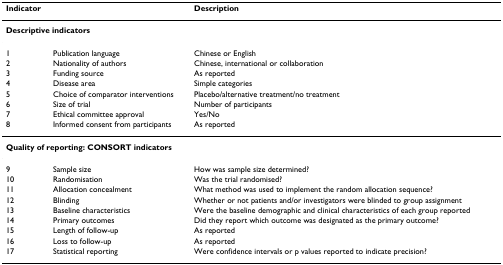
<table><thead><tr><td><b>Indicator</b></td><td></td><td><b>Description</b></td></tr></thead><tbody><tr><td colspan="3"><b>Descriptive indicators</b></td></tr><tr><td>1</td><td>Publication language</td><td>Chinese or English</td></tr><tr><td>2</td><td>Nationality of authors</td><td>Chinese, international or collaboration</td></tr><tr><td>3</td><td>Funding source</td><td>As reported</td></tr><tr><td>4</td><td>Disease area</td><td>Simple categories</td></tr><tr><td>5</td><td>Choice of comparator interventions</td><td>Placebo/alternative treatment/no treatment</td></tr><tr><td>6</td><td>Size of trial</td><td>Number of participants</td></tr><tr><td>7</td><td>Ethical committee approval</td><td>Yes/No</td></tr><tr><td>8</td><td>Informed consent from participants</td><td>As reported</td></tr><tr><td colspan="3"><b>Quality of reporting: CONSORT indicators</b></td></tr><tr><td>9</td><td>Sample size</td><td>How was sample size determined?</td></tr><tr><td>10</td><td>Randomisation</td><td>Was the trial randomised?</td></tr><tr><td>11</td><td>Allocation concealment</td><td>What method was used to implement the random allocation sequence?</td></tr><tr><td>12</td><td>Blinding</td><td>Whether or not patients and/or investigators were blinded to group assignment</td></tr><tr><td>13</td><td>Baseline characteristics</td><td>Were the baseline demographic and clinical characteristics of each group reported</td></tr><tr><td>14</td><td>Primary outcomes</td><td>Did they report which outcome was designated as the primary outcome?</td></tr><tr><td>15</td><td>Length of follow-up</td><td>As reported</td></tr><tr><td>16</td><td>Loss to follow-up</td><td>As reported</td></tr><tr><td>17</td><td>Statistical reporting</td><td>Were confidence intervals or p values reported to indicate precision?</td></tr></tbody></table>